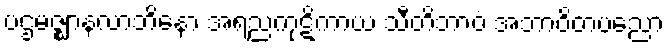
ပဌမဇ္ဈာနလာဘိနော အရညကုဋိကာယ သီတိဘာဝံ အဘာဝိတပညော